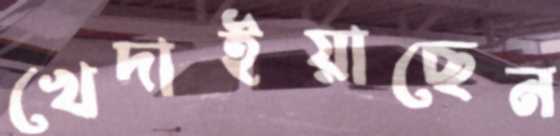
খেদাইয়াছেন